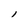
Character: l